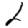
Digit: 2